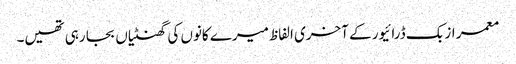
معمر ازبک ڈرائیور کے آخری الفاظ میرے کانوں کی گھنٹیاں بجا رہی تھیں۔